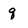
Character: q